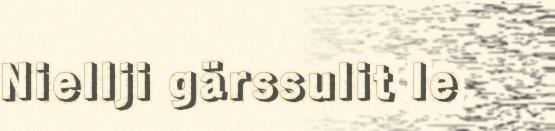
Niellji gärssulit le